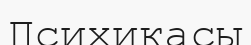
Психикасы